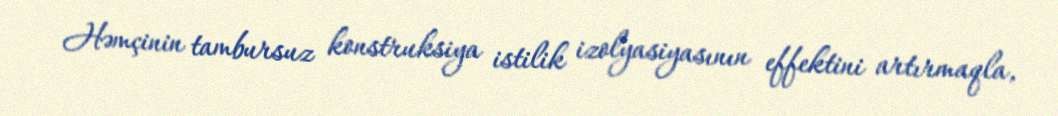
Həmçinin tambursuz konstruksiya istilik izolyasiyasının effektini artırmaqla,